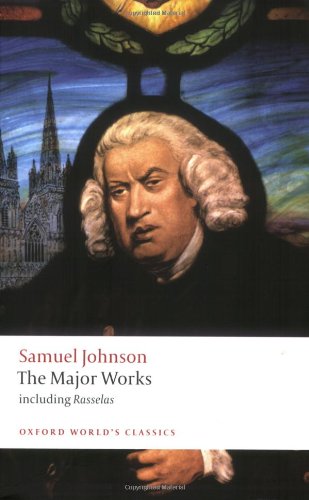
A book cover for Samuel Johnson: The Major Works (Oxford World's Classics); Samuel Johnson; Literature & Fiction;